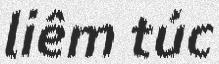
liêm túc